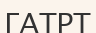
ГАТРТ